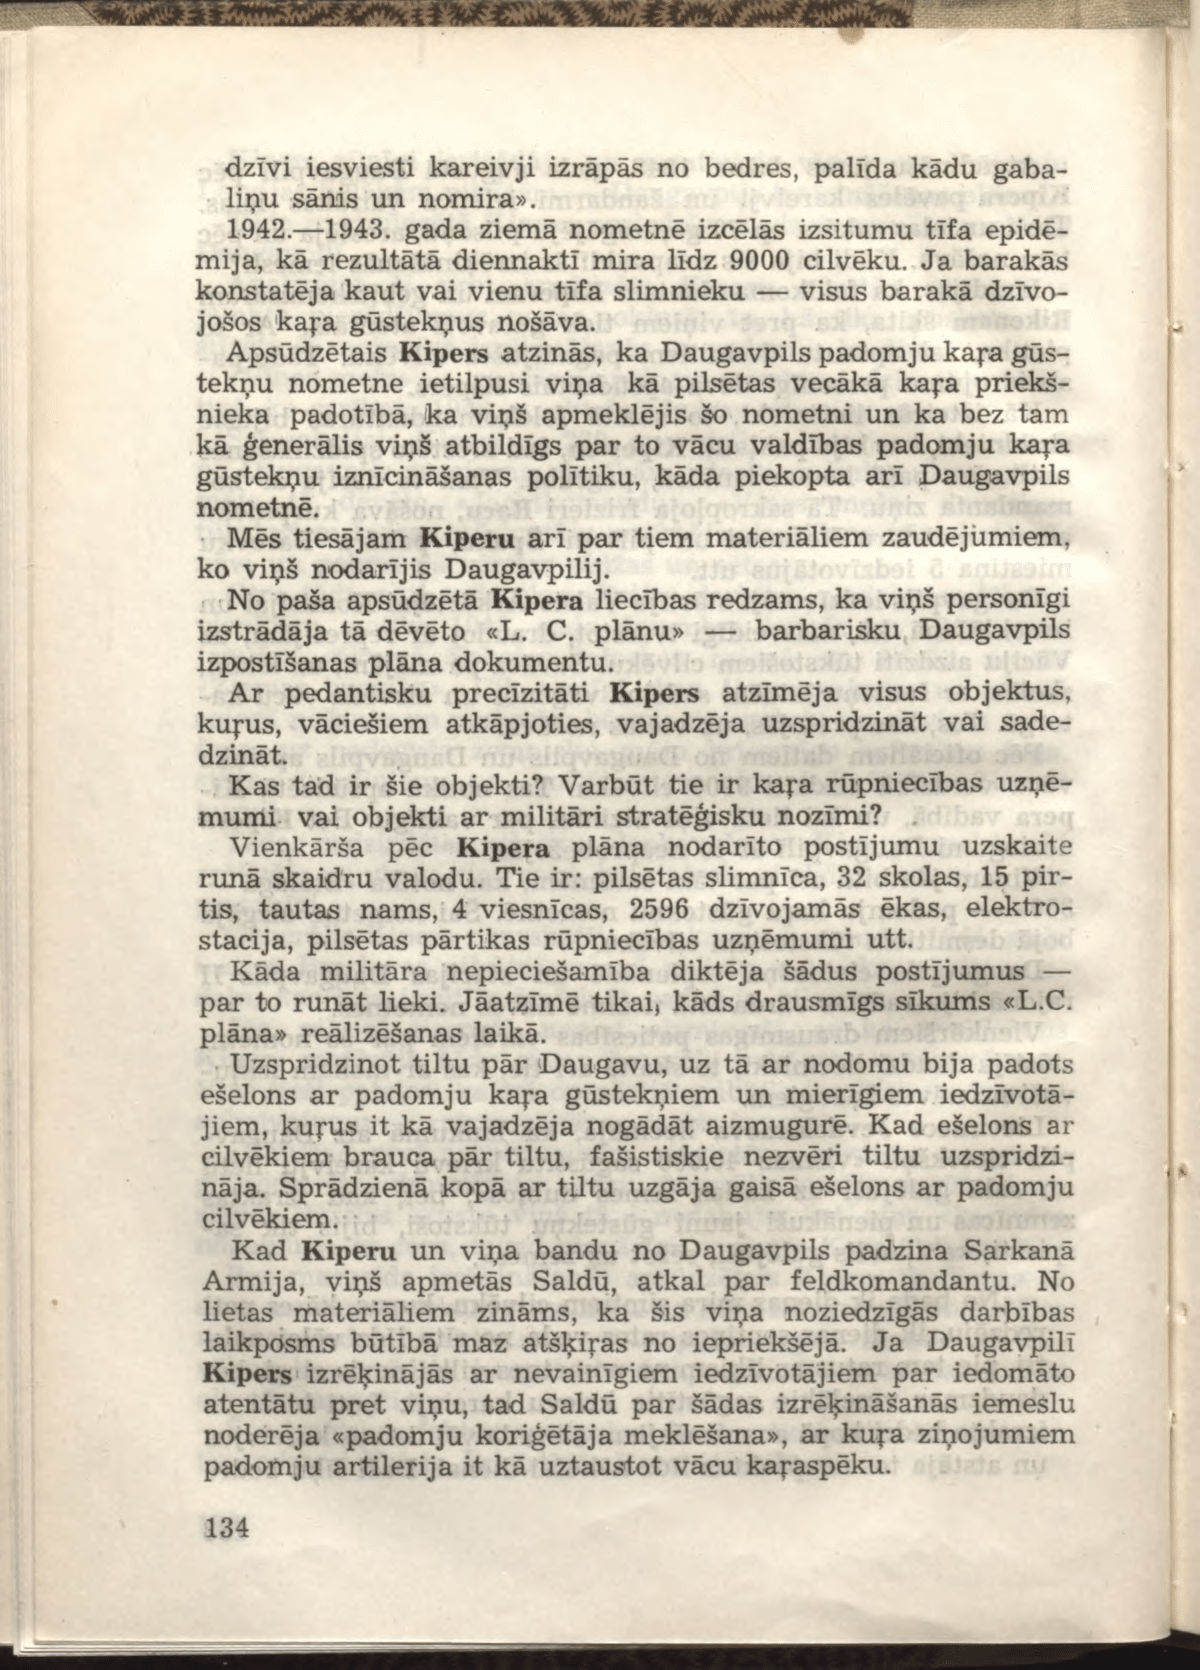
Language: lv